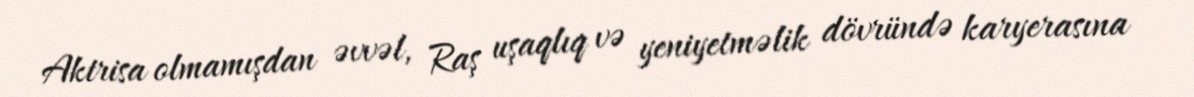
Aktrisa olmamışdan əvvəl, Raş uşaqlıq və yeniyetməlik dövründə karyerasına